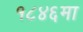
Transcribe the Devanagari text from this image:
१८४६मा